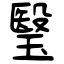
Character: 瑿